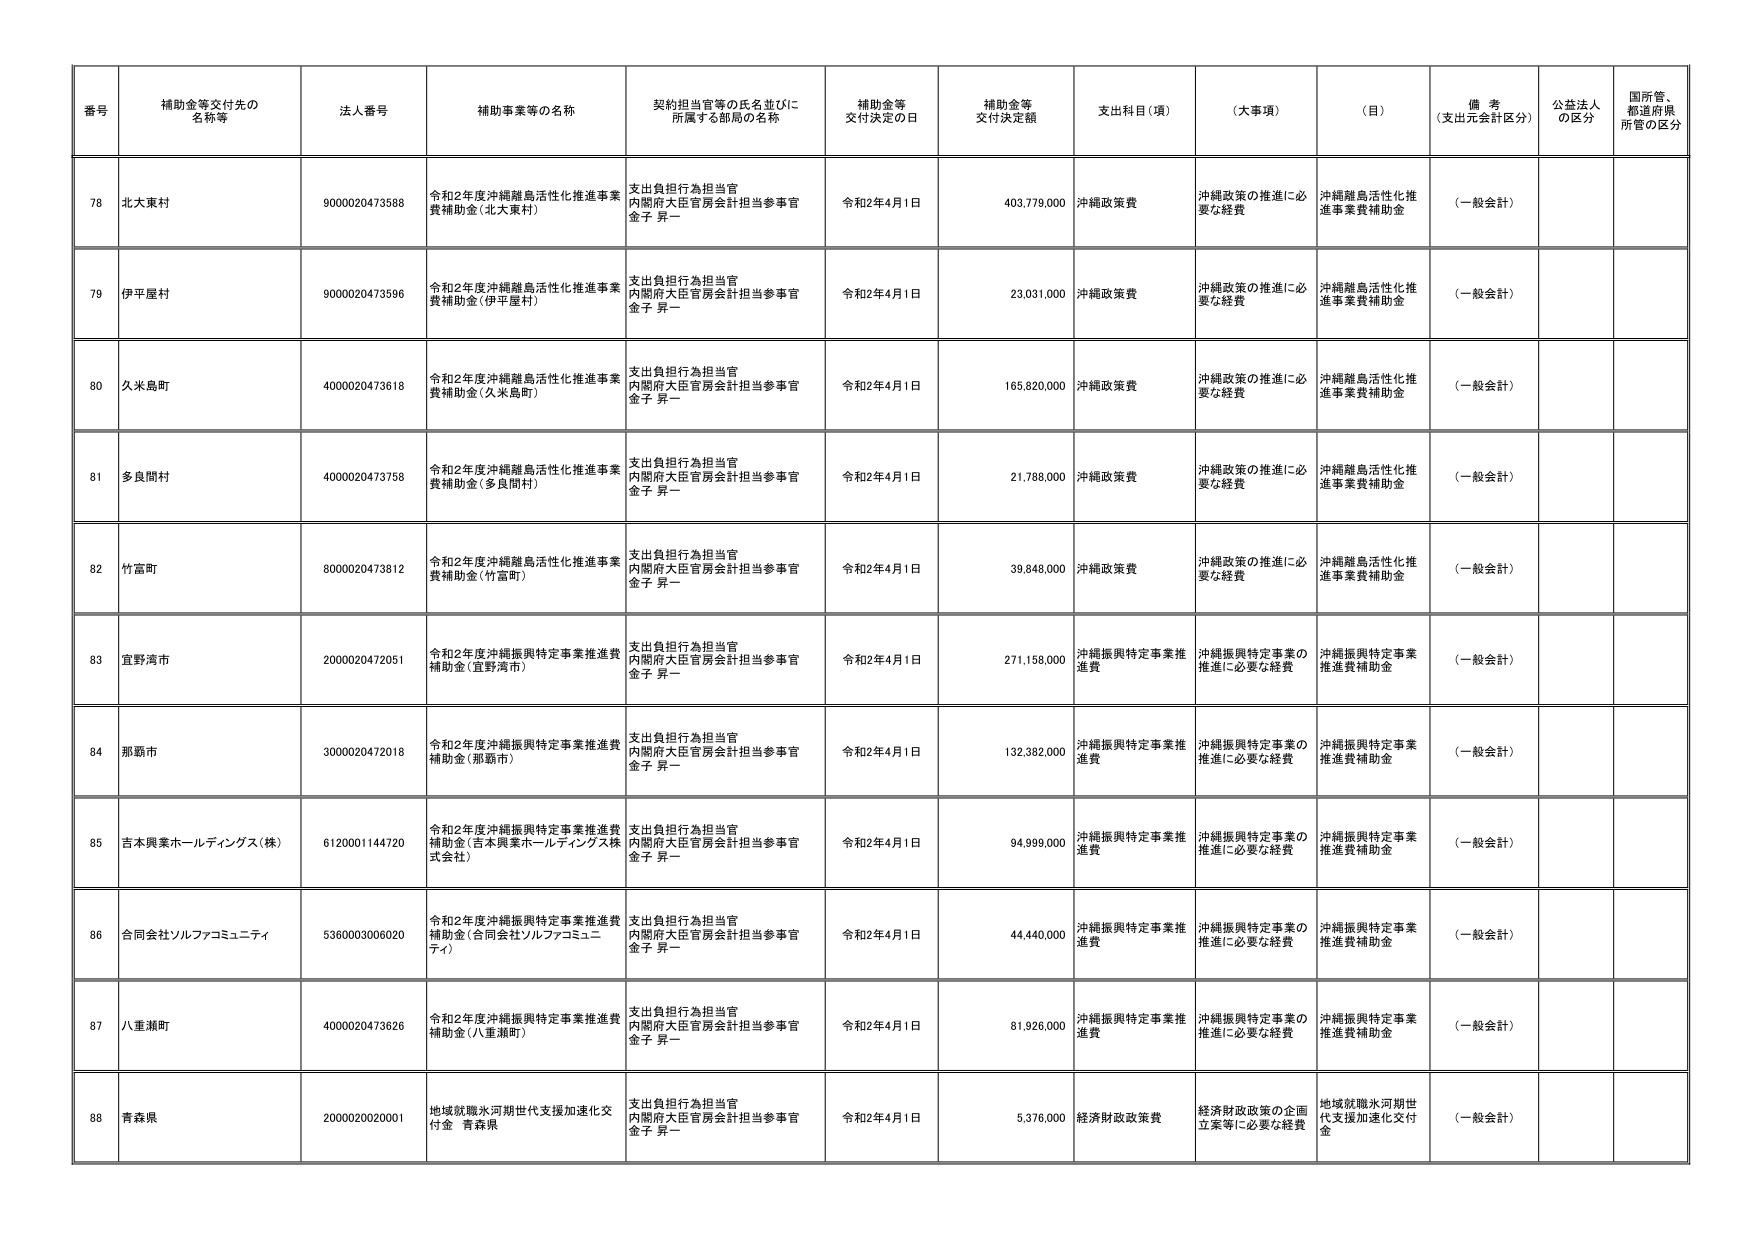
番号 補助金等交付先の名称等 法人番号 補助事業等の名称 契約担当官等の氏名並びに所属する部局の名称 補助金等交付決定の日 補助金等交付決定額 支出科目（項） （大事項） （目） 備考（支出元会計区分） 公益法人の区分 国所管、都道府県所管の区分

78 北大東村 9000020473588 令和2年度沖縄離島活性化推進事業費補助金（北大東村） 支出負担行為担当官 内閣府大臣官房会計担当参事官 金子 昇一 令和2年4月1日 403,779,000 沖縄政策費 沖縄政策の推進に必要な経費 沖縄離島活性化推進事業費補助金 （一般会計）

79 伊平屋村 9000020473596 令和2年度沖縄離島活性化推進事業費補助金（伊平屋村） 支出負担行為担当官 内閣府大臣官房会計担当参事官 金子 昇一 令和2年4月1日 23,031,000 沖縄政策費 沖縄政策の推進に必要な経費 沖縄離島活性化推進事業費補助金 （一般会計）

80 久米島町 4000020473618 令和2年度沖縄離島活性化推進事業費補助金（久米島町） 支出負担行為担当官 内閣府大臣官房会計担当参事官 金子 昇一 令和2年4月1日 165,820,000 沖縄政策費 沖縄政策の推進に必要な経費 沖縄離島活性化推進事業費補助金 （一般会計）

81 多良間村 4000020473758 令和2年度沖縄離島活性化推進事業費補助金（多良間村） 支出負担行為担当官 内閣府大臣官房会計担当参事官 金子 昇一 令和2年4月1日 21,788,000 沖縄政策費 沖縄政策の推進に必要な経費 沖縄離島活性化推進事業費補助金 （一般会計）

82 竹富町 8000020473812 令和2年度沖縄離島活性化推進事業費補助金（竹富町） 支出負担行為担当官 内閣府大臣官房会計担当参事官 金子 昇一 令和2年4月1日 39,848,000 沖縄政策費 沖縄政策の推進に必要な経費 沖縄離島活性化推進事業費補助金 （一般会計）

83 宜野湾市 2000020472051 令和2年度沖縄振興特定事業推進費補助金（宜野湾市） 支出負担行為担当官 内閣府大臣官房会計担当参事官 金子 昇一 令和2年4月1日 271,158,000 沖縄振興特定事業推進費 沖縄振興特定事業の推進に必要な経費 沖縄振興特定事業推進費補助金 （一般会計）

84 那覇市 3000020472018 令和2年度沖縄振興特定事業推進費補助金（那覇市） 支出負担行為担当官 内閣府大臣官房会計担当参事官 金子 昇一 令和2年4月1日 132,382,000 沖縄振興特定事業推進費 沖縄振興特定事業の推進に必要な経費 沖縄振興特定事業推進費補助金 （一般会計）

85 吉本興業ホールディングス（株） 6120001144720 令和2年度沖縄振興特定事業推進費補助金（吉本興業ホールディングス株式会社） 支出負担行為担当官 内閣府大臣官房会計担当参事官 金子 昇一 令和2年4月1日 94,999,000 沖縄振興特定事業推進費 沖縄振興特定事業の推進に必要な経費 沖縄振興特定事業推進費補助金 （一般会計）

86 合同会社ソルファコミュニティ 5360003006020 令和2年度沖縄振興特定事業推進費補助金（合同会社ソルファコミュニティ） 支出負担行為担当官 内閣府大臣官房会計担当参事官 金子 昇一 令和2年4月1日 44,440,000 沖縄振興特定事業推進費 沖縄振興特定事業の推進に必要な経費 沖縄振興特定事業推進費補助金 （一般会計）

87 八重瀬町 4000020473626 令和2年度沖縄振興特定事業推進費補助金（八重瀬町） 支出負担行為担当官 内閣府大臣官房会計担当参事官 金子 昇一 令和2年4月1日 81,926,000 沖縄振興特定事業推進費 沖縄振興特定事業の推進に必要な経費 沖縄振興特定事業推進費補助金 （一般会計）

88 青森県 2000020020001 地域就職水河世代支援加速化交付金 青森県 支出負担行為担当官 内閣府大臣官房会計担当参事官 金子 昇一 令和2年4月1日 5,376,000 経済財政政策費 経済財政政策の企画立案等に必要な経費 地域就職水河世代支援加速化交付金 （一般会計）